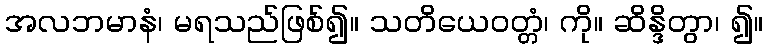
အလဘမာနံ၊ မရသည်ဖြစ်၍။ သတိယေဝတ္တံ၊ ကို။ ဆိန္ဒိတွာ၊ ၍။